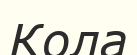
Кола